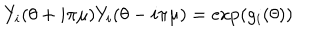
Y _ { i } ( \theta + i \pi \mu ) Y _ { i } ( \theta - i \pi \mu ) = \exp ( g _ { i } ( \theta ) )